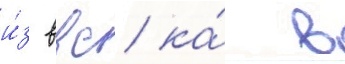
и́з ввс ка́ в